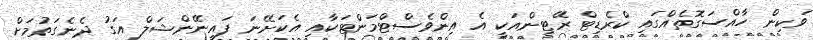
ވަކިން ހާއްސަގޮތެއްގައި ކްރެޑިޓް ރޭޓިންއަކީ އެ އިންވެސްޓްމަންޓަކާއި އެކަށޭނަ ފައިނޭންޝަލް އަގު ދެނެގަތުމަށް